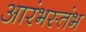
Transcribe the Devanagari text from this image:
आरंभस्तंभ